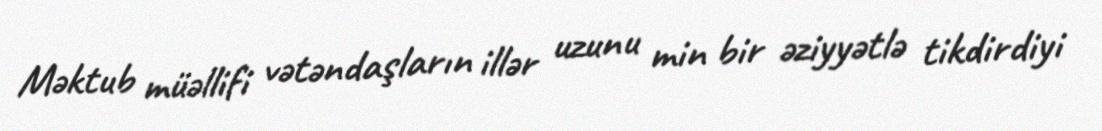
Məktub müəllifi vətəndaşların illər uzunu min bir əziyyətlə tikdirdiyi